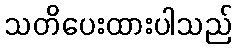
သတိပေးထားပါသည်